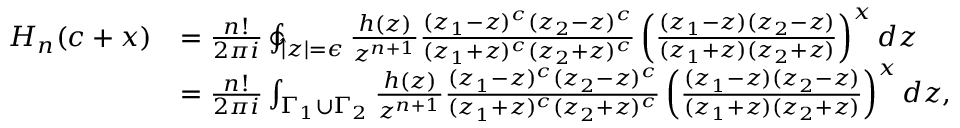
\begin{array} { r l } { H _ { n } ( c + x ) } & { = \frac { n ! } { 2 \pi i } \ointctrclockwise _ { | z | = \epsilon } \frac { h ( z ) } { z ^ { n + 1 } } \frac { ( z _ { 1 } - z ) ^ { c } ( z _ { 2 } - z ) ^ { c } } { ( z _ { 1 } + z ) ^ { c } ( z _ { 2 } + z ) ^ { c } } \left( \frac { ( z _ { 1 } - z ) ( z _ { 2 } - z ) } { ( z _ { 1 } + z ) ( z _ { 2 } + z ) } \right) ^ { x } d z } \\ & { = \frac { n ! } { 2 \pi i } \int _ { \Gamma _ { 1 } \cup \Gamma _ { 2 } } \frac { h ( z ) } { z ^ { n + 1 } } \frac { ( z _ { 1 } - z ) ^ { c } ( z _ { 2 } - z ) ^ { c } } { ( z _ { 1 } + z ) ^ { c } ( z _ { 2 } + z ) ^ { c } } \left( \frac { ( z _ { 1 } - z ) ( z _ { 2 } - z ) } { ( z _ { 1 } + z ) ( z _ { 2 } + z ) } \right) ^ { x } d z , } \end{array}